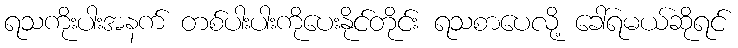
ရသကိုးပါးအနက် တစ်ပါးပါးကိုပေးနိုင်တိုင်း ရသစာပေလို့ ခေါ်ရမယ်ဆိုရင်